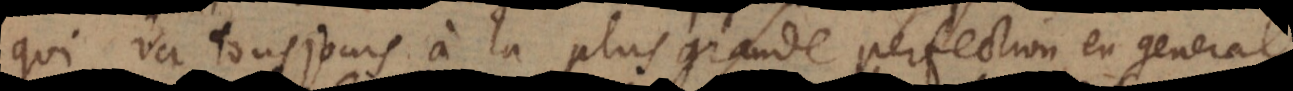
qui va tousjours à la plus grande perfection en general,